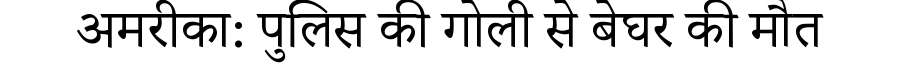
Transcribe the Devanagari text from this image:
अमरीका: पुलिस की गोली से बेघर की मौत